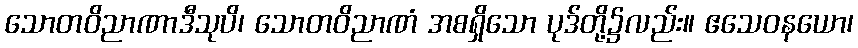
သောတဝိညာဏာဒီသုပိ၊ သောတဝိညာဏံ အစရှိသော ပုဒ်တို့၌လည်း။ ဧသေဝနယော၊